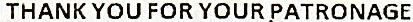
THANK YOU FOR YOUR PATRONAGE